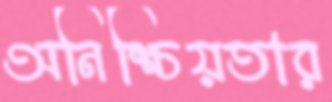
অনিশ্চিয়তার